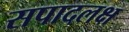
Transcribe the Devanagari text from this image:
सपादलक्ष